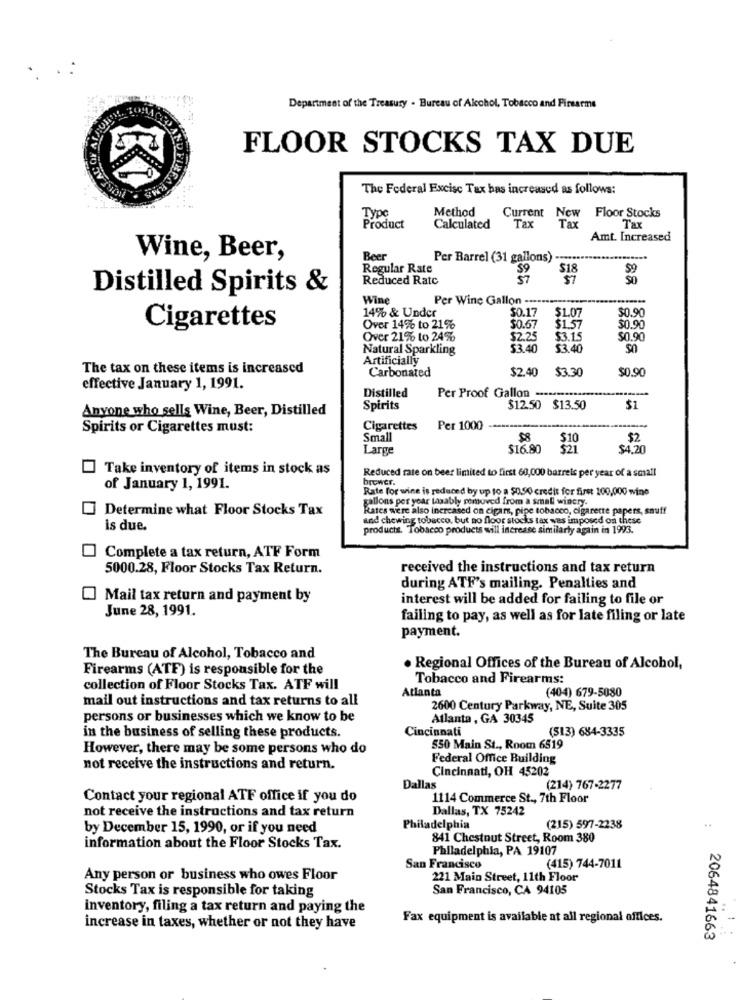
. :
Department of the Treasury - Bureau of Alcohol, Tobacco and Firearms
FLOOR STOCKS TAX DUE
The Federal Excise Tax has increased as follows:
Method
Current New Floor Stocks
Type
Product
Calculated
Tax
Tax
Tax
Amt. Increased
Wine, Beer,
Beer
Per Barrel (31 gallons)
Regular Rate
$9
$18
$9
Reduced Ratc
57
Distilled Spirits &
Wine
Per Wine Gallon .....
14% & Under
50.17
50.90
$1.07
Cigarettes
Over 14% to 21%
$0.67
$1.57
$0.90
Over 21% to 24%
$2.25
$3.15
$0.90
Natural Sparkling
53.40
$3.40
50
Artificially
The tax on these items is increased
Carbonated
$2.40
$3.30
$0.90
effective January 1, 1991.
Distilled
Per Proof Gallon -----
Anyone who sells Wine, Beer, Distilled
Spirits
$12.50 $13.50
$1
Spirits or Cigarettes must:
Cigarettes
Per 1000
Small
$10
$2
Large
$16.80
$21
$4,20
Take inventory of items in stock as
Reduced rate on beer limited to first 60,000 barrels per year of a small
brower.
of January 1, 1991.
Rate for wine is reduced by up to a $0,90 credit for first 100,000 wine
gallons per year taxably pemoved from a small winery.
Determine what Floor Stocks Tax
Rates were also increased on cigars, pipe tobacco, cigarette papers, snuff
and chewing tobacco, but no floor stocks tax ves imposed on these
is due.
products. Tobacco products will increase similarly again in 1993.
Complete a tax return, ATF Form
5000.28, Floor Stocks Tax Return.
received the instructions and tax return
during ATF's mailing. Penalties and
Mail tax return and payment by
interest will be added for failing to file or
June 28, 1991.
failing to pay, as well as for late filing or late
payment.
The Bureau of Alcohol, Tobacco and
Firearms (ATF) is responsible for the
. Regional Offices of the Bureau of Alcohol,
Tobacco and Firearms:
collection of Floor Stocks Tax. ATF will
Atlanta
(404) 679-5080
mail out instructions and tax returns to all
2600 Century Parkway, NE, Suite 305
persons or businesses which we know to be
Atlanta , GA 30345
in the business of selling these products.
Cincinnati
(513) 684-3335
However, there may be some persons who do
550 Main St ., Room 6519
Federal Office Building
not receive the instructions and return.
Cincinnati, OH 45202
Dallas
(214) 767-2277
Contact your regional ATF office if you do
1114 Commerce St ., 7th Floor
not receive the instructions and tax return
Dallas, TX 75242
by December 15, 1990, or if you need
Philadelphia
(215) 597-2238
841 Chestnut Street, Room 380
information about the Floor Stocks Tax.
Philadelphia, PA 19107
San Francisco
(415) 744-7011
Any person or business who owes Floor
221 Main Street, 11th Floor
Stocks Tax is responsible for taking
San Francisco, CA 94105
inventory, filing a tax return and paying the
Fax equipment is available at all regional offices.
increase in taxes, whether or not they have
2064841663